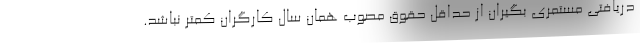
دریافتی مستمری بگیران از حداقل حقوق مصوب همان سال کارگران کمتر نباشد.